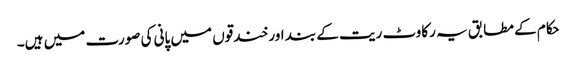
حکام کے مطابق یہ رکاوٹ ریت کے بند اور خندقوں میں پانی کی صورت میں ہیں۔